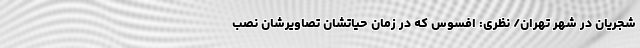
شجریان در شهر تهران/ نظری: افسوس که در زمان حیاتشان تصاویرشان نصب